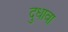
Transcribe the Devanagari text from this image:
दुधावा